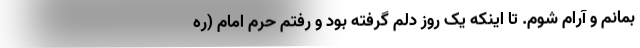
بمانم و آرام شوم. تا اینکه یک روز دلم گرفته بود و رفتم حرم امام (ره